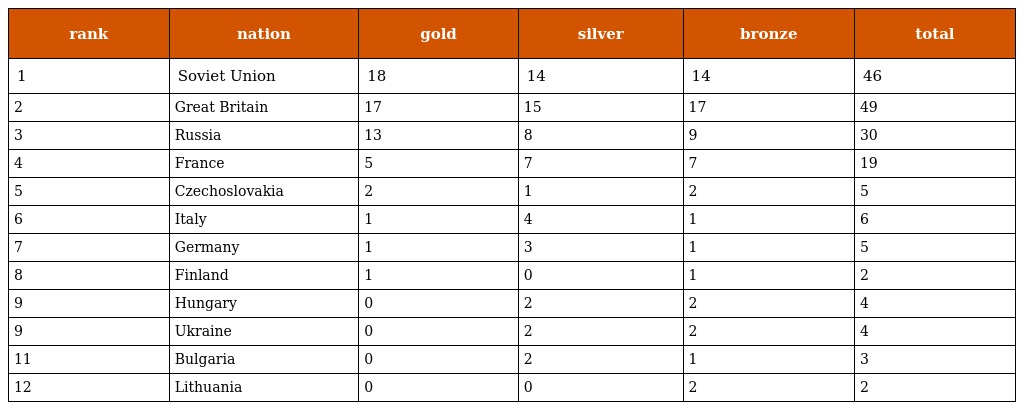
| rank | nation | gold | silver | bronze | total |
 | --- | --- | --- | --- | --- | --- |
 | 1 | Soviet Union | 18 | 14 | 14 | 46 |
 | 2 | Great Britain | 17 | 15 | 17 | 49 |
 | 3 | Russia | 13 | 8 | 9 | 30 |
 | 4 | France | 5 | 7 | 7 | 19 |
 | 5 | Czechoslovakia | 2 | 1 | 2 | 5 |
 | 6 | Italy | 1 | 4 | 1 | 6 |
 | 7 | Germany | 1 | 3 | 1 | 5 |
 | 8 | Finland | 1 | 0 | 1 | 2 |
 | 9 | Hungary | 0 | 2 | 2 | 4 |
 | 9 | Ukraine | 0 | 2 | 2 | 4 |
 | 11 | Bulgaria | 0 | 2 | 1 | 3 |
 | 12 | Lithuania | 0 | 0 | 2 | 2 |